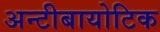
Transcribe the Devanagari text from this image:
अन्टीबायोटिक